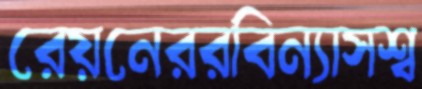
রেয়নেররবিন্যাসশ্ব